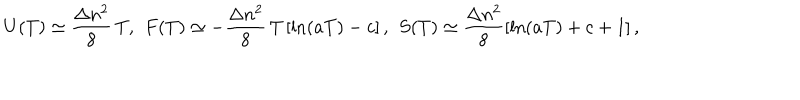
LaTeX: U ( T ) \simeq \frac { \Delta n ^ { 2 } } { 8 } \, T { , } \; \; F ( T ) \simeq - \frac { \Delta n ^ { 2 } } { 8 } \, T \left[ \ln ( a T ) - c \right] { , } \; \; S ( T ) \simeq \frac { \Delta n ^ { 2 } } { 8 } \left[ \ln ( a T ) + c + 1 \right] { , }